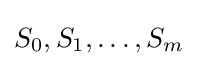
S_{0},S_{1},\dotsc ,S_{m}